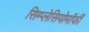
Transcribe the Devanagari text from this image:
सिम्प्लेसियोमॉर्फी